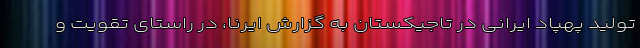
تولید پهپاد ایرانی در تاجیکستان به گزارش ایرنا، در راستای تقویت و